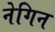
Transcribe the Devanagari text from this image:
नेगिन